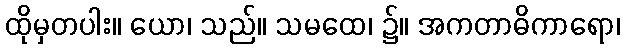
ထိုမှတပါး။ ယော၊ သည်။ သမထေ၊ ၌။ အကတာဓိကာရော၊